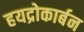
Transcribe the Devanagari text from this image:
हयद्रोकार्बन